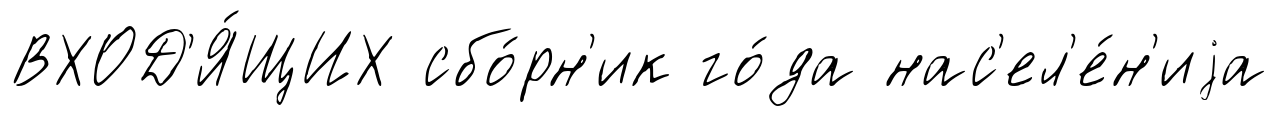
ВХОД'Я́ЩИХ сбо́рн'ик го́да нас'ел'е́н'иjа